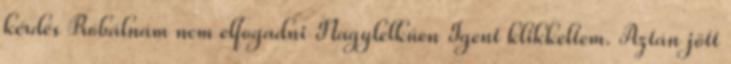
kérdés Próbálnám nem elfogadni Nagylelkűen Igent klikkeltem. Aztán jött